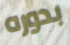
بدوره